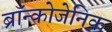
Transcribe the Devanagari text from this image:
ब्रॉन्कोजेनिक